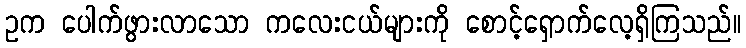
ဥက ပေါက်ဖွားလာသော ကလေးငယ်များကို စောင့်ရှောက်လေ့ရှိကြသည်။